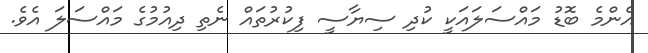
އެންމެ ބޮޑު މައްސަލައަކީ ކުދި ސިޔާސީ ފިކުރުތައް ނެތި ދިއުމުގެ މައްސަލަ އެވެ.